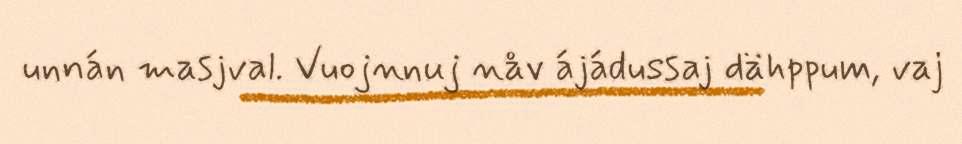
unnán masjval. Vuojnnuj nåv ájádussaj dähppum, vaj